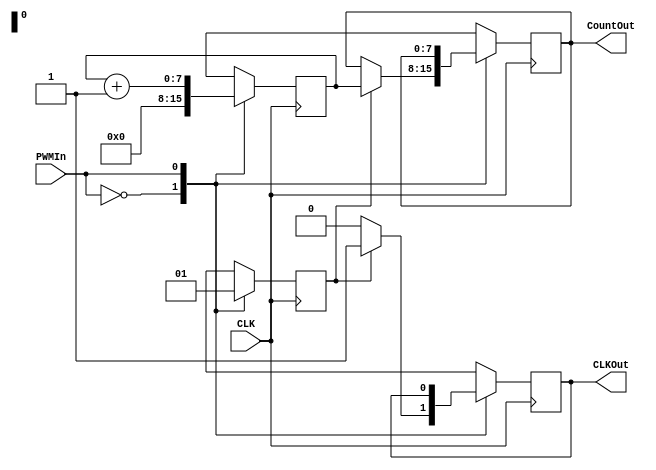
`timescale 1ns / 1ps
//////////////////////////////////////////////////////////////////////////////////
// Company: 
// 
// Design Name: 
// Module Name:    PWMCounter 
// Project Name:   Ultrasound Range finder
// Target Devices: Spartan-3E (XC3S100E)
// Tool versions: Xilinx 14.6
// Description:	This PWM Counter counts the percentage of duty cycle
//				out of 255. The counter counts by using the positive edge and negative edge.
//
// Dependencies: none
//////////////////////////////////////////////////////////////////////////////////module PWMCounter(

module PWMCounter(
	 input CLK,	// cycle counter clock (PWM Freq * 256)
	 //input [7:0] BaseFreq, // frequency in which the PWM samples
    input PWMIn,
    output [7:0] CountOut,
	 output CLKOut	// Clocks when count has been modified.
    );
	 
	 reg [7:0] count;
	 reg [7:0] CountOut_;
	 reg CLKOut_, FirstOff;
	 
	 assign CountOut = CountOut_;
	 assign CLKOut = CLKOut_;
	 
	 reg reset_count;
	 
	 // initialize some variables
	 initial begin
		count = 0;
		CLKOut_ = 0;
		FirstOff = 0;
	 end
	 
	 // primary counter
	 always @(posedge CLK) begin
		case(PWMIn)
			0: begin
					// if PWM is off
					if(FirstOff) begin
						CountOut_ = count;
						CLKOut_ = 1;
						count = 0;
						
						FirstOff = 0;
					end else CLKOut_ = 0;
					
					count = 0;
				end
			1:begin
					// PWM is on
					FirstOff = 1; // First time off for PWM in, used when pwm is off
					count = count+1;
				end
		endcase
	 end
endmodule